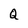
Character: Q